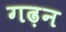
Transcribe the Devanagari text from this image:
गढ़न